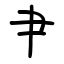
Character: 肀